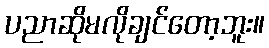
ပညာဆိုမလိုချင်တော့ဘူး။